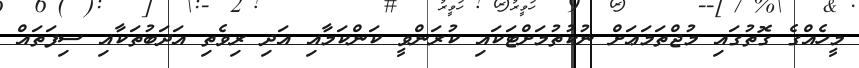
މީހެއްގެ ގޮތުގައި މުޖްތަމަޢަށް ނުކުތުމަށްޓަކައި ކުރަންވީ ކަންކަމާއި އަދި ރިވެތި އަދަބުތަކާއި ސިފަތައް